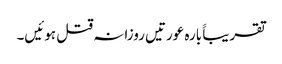
تقریباََ بارہ عورتیں روزانہ قتل ہوئیں۔